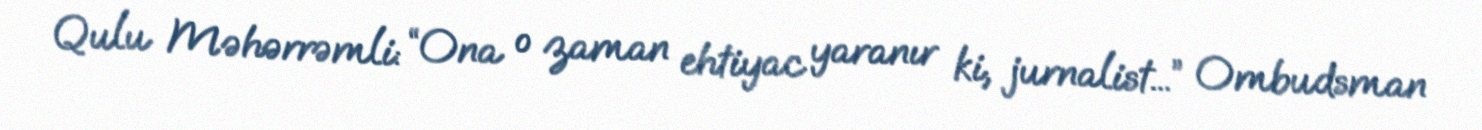
Qulu Məhərrəmli: “Ona o zaman ehtiyac yaranır ki, jurnalist...” Ombudsman